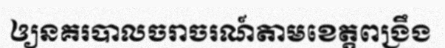
ឲ្យនគរបាលចរាចរណ៍តាមខេត្តពង្រឹង